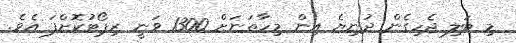
މި ބަލި ޖެހިގެން ދުނިޔެ އިން މިހާތަނަށް 1300 ވަނީ ރިޕޯޓުކޮށްފަ އެވެ.